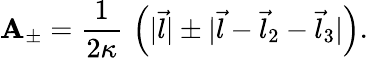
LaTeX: \mathbf{A}_{\pm}={\frac{{1}}{{2\kappa}}}\, \left(|\vec{{l}}|\pm|\vec{{l}}-\vec{{l}}_{2}-\vec{{l}}_{3}|\right).